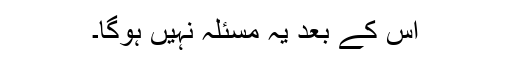
اس کے بعد یہ مسئلہ نہیں ہوگا۔